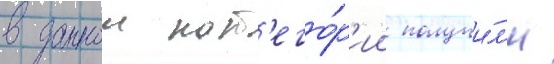
в даннои кат'его́р'ии получи́л'и